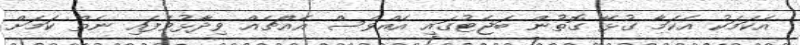
އެކަމަކު އެކަމާ ގުޅޭ ގޮތުން ބަޖެޓުގައި އެއްވެސް އެއްޗެއް ވިދާޅުވެފައި ނެތް ކަމަށް